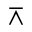
\barwedge